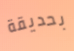
بحديقة